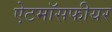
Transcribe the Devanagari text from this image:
ऐटमॉसफीयर